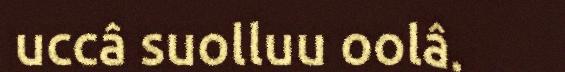
uccâ suolluu oolâ.